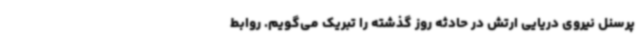
پرسنل نیروی دریایی ارتش در حادثه روز گذشته را تبریک می‌گویم. روابط